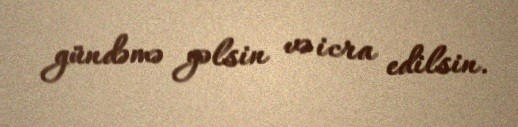
gündəmə gəlsin və icra edilsin.